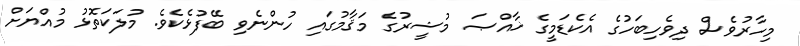
މިހާރުވެސް ދިވެހިބަހުގެ އެކެޑަމީގެ ޚާއްޞަ މުޝީރުގެ މަޤާމުގައި ހުންނެވި ބޭފުޅެކެވެ. މުލަކަތޮޅު މުއްޔަށް